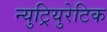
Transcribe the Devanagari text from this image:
न्युट्रियुरेटिक